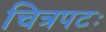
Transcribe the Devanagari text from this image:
चित्रपटः